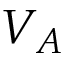
V _ { A }